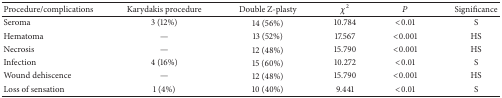
| Procedure/complications | Karydakis procedure | Double Z-plasty | χ2 | P | Significance |
 | --- | --- | --- | --- | --- | --- |
 | Seroma | 3 (12%) | 14 (56%) | 10.784 | <0.01 | S |
 | Hematoma | — | 13 (52%) | 17.567 | <0.001 | HS |
 | Necrosis | — | 12 (48%) | 15.790 | <0.001 | HS |
 | Infection | 4 (16%) | 15 (60%) | 10.272 | <0.01 | S |
 | Wound dehiscence | — | 12 (48%) | 15.790 | <0.001 | HS |
 | Loss of sensation | 1 (4%) | 10 (40%) | 9.441 | <0.01 | S |